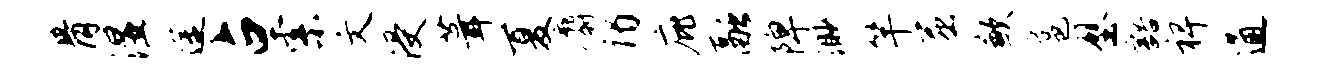
骨湿途占索文浸葺夏麝谒庇融陴渺竿屈歉扈壁豁裨通